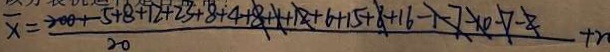
\overline { x } = \frac { 2 0 0 + 5 + 8 + 1 2 + 2 3 + 8 + 4 + 8 + 1 + 1 2 + 6 + 1 5 + 8 + 1 6 - 1 - 7 - 1 0 - 7 - 2 } { 2 0 } + n